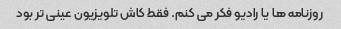
روزنامه ها یا رادیو فکر می کنم. فقط کاش تلویزیون عینی تر بود